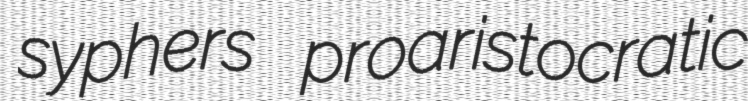
syphers proaristocratic